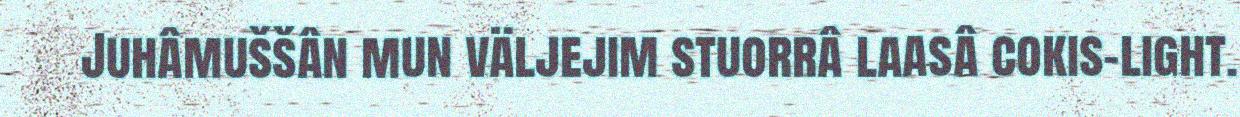
Juhâmuššân mun väljejim stuorrâ laasâ cokis-light.